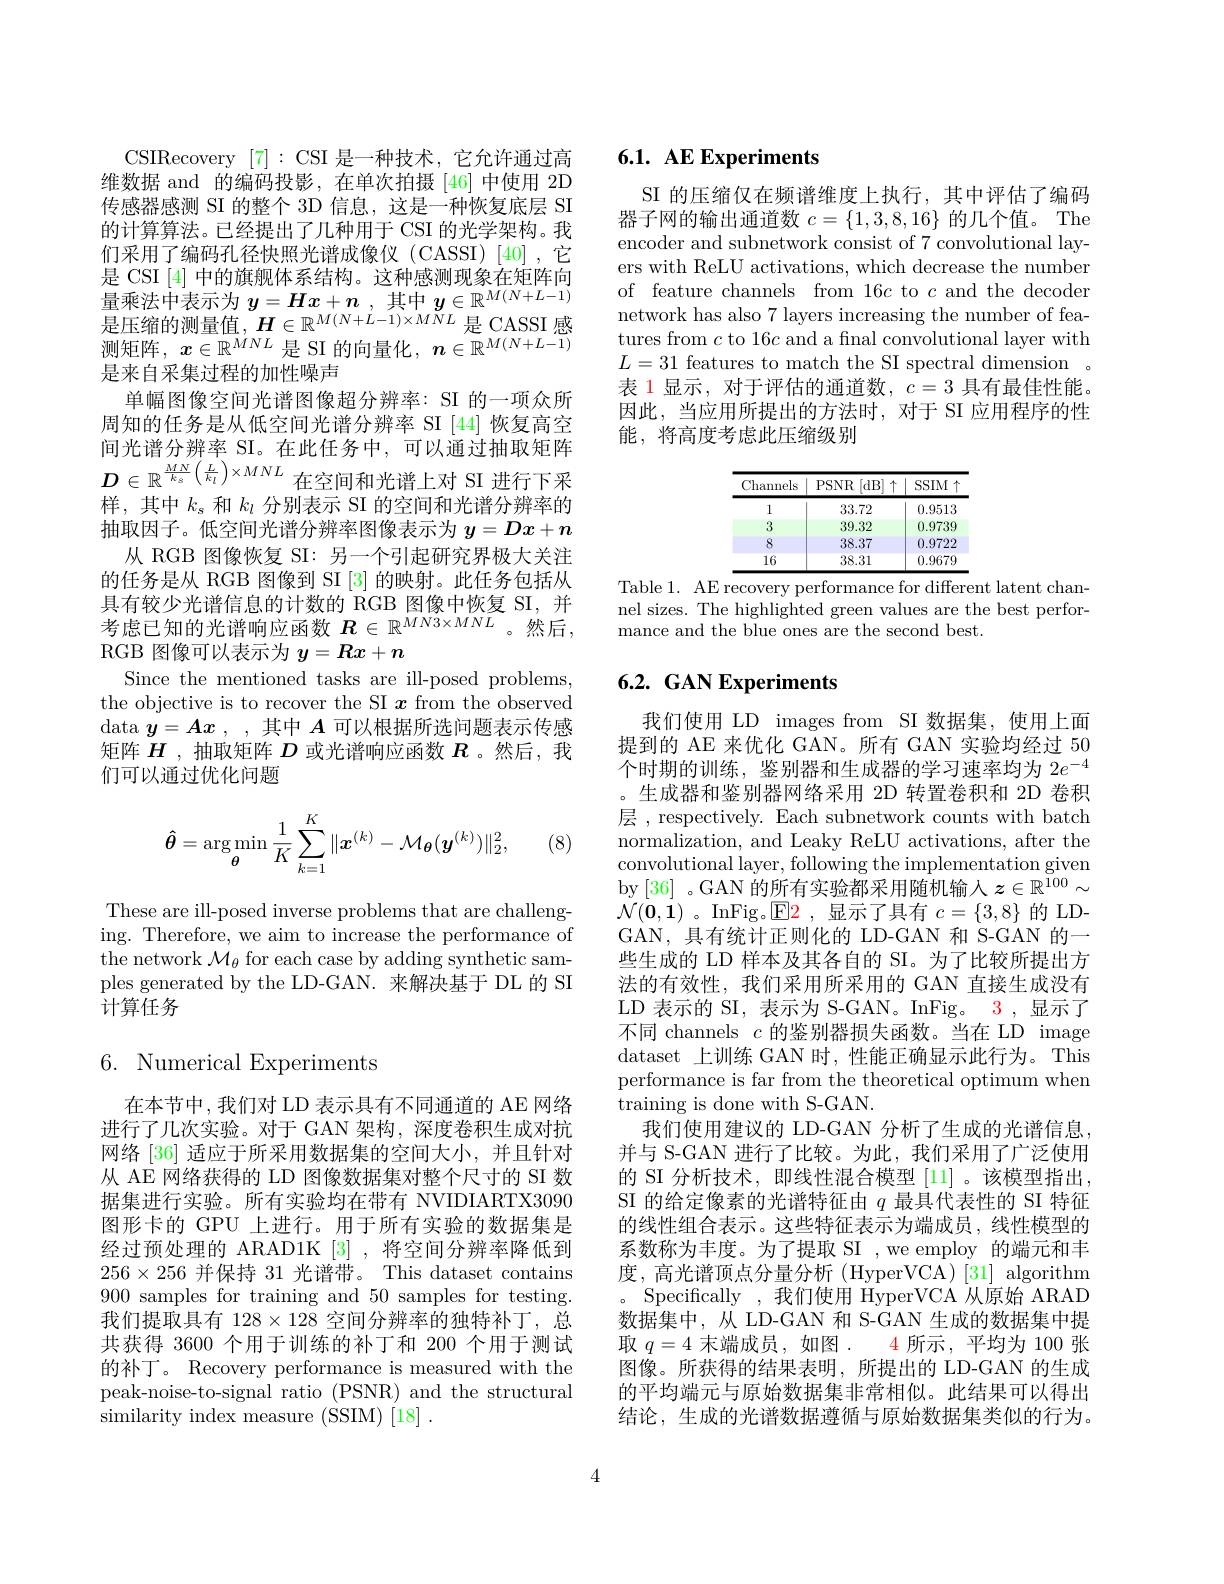
CSIRecovery [7]: CSI 是一种技术，它允许通过高维数据 and 的编码投影，在单次拍摄[46]中使用 2D 传感器感测 SI 的整个 3D 信息，这是一种恢复底层 SI 的计算算法。已经提出了几种用于 CSI 的光学架构。我们采用了编码孔径快照光谱成像仪(CASSI)[40],它是 CSI [4]中的旗舰体系结构。这种感测现象在矩阵向量 乘 法 中 表 示 为 $\boldsymbol{y}= \boldsymbol{H}\boldsymbol{x}+ \boldsymbol{n}$ , 其 中 $\boldsymbol{y}\in \mathbb{R} ^{M( N+ L- 1) }$ 是 压 缩 的 测 量 值 , $\boldsymbol{H}\in \mathbb{R} ^{M( N+ L- 1) \times MNL}$ 是 CASSI 感 测 矩 阵 , $x\in \mathbb{R} ^{MNL}$ 是 SI 的 向 量 化 $, \boldsymbol{n}\in \mathbb{R} ^{M( N+ L- 1) }$ 是来自采集过程的加性噪声
单幅图像空间光谱图像超分辨率：SI 的一项众所周知的任务是从低空间光谱分辨率 SI [44] 恢复高空间光谱分辨率 SI。在此任务中，可以通过抽取矩阵$D\in\mathbb{R}^{\frac{MN}{k_s}\left(\frac L{k_l}\right)\times MNL}$在空间和光谱上对 SI 进行下采样，其中$k_s$和$k_l$分别表示 SI 的空间和光谱分辨率的抽取因子。低空间光谱分辨率图像表示为$y=Dx+n$
从 RGB 图像恢复 SI: 另一个引起研究界极大关注的任务是从 RGB 图像到 SI [3] 的映射。此任务包括从具有较少光谱信息的计数的 RGB 图像中恢复 SI,并考虑已知的光谱响应函数 $\boldsymbol{R}\in\mathbb{R}^{MN3\times MNL}$。然后， RGB 图像可以表示为$y=Rx+n$
Since the mentioned tasks are ill-posed problems, the objective is to recover the SI $x$ from the observed data $y=Ax$, ,其中$A$可以根据所选问题表示传感矩阵$H$ ,抽取矩阵$D$或光谱响应函数$R$ 。然后，我们可以通过优化问题
$$\hat{\boldsymbol{\theta}}=\arg\min_{\boldsymbol{\theta}}\frac{1}{K}\sum_{k=1}^{K}\|\boldsymbol{x}^{(k)}-\mathcal{M}_{\boldsymbol{\theta}}(\boldsymbol{y}^{(k)})\|_{2}^{2},$$
(8)

These are ill-posed inverse problems that are challenging. Therefore, we aim to increase the performance of the network $\mathcal{M}_\theta$ for each case by adding synthetic samples generated by the LD-GAN. 来解决基于 DL 的 SI 计算任务

## 6. Numerical Experiments

在本节中，我们对 LD 表示具有不同通道的 AE 网络进行了几次实验。对于 GAN 架构，深度卷积生成对抗网络 [36] 适应于所采用数据集的空间大小，并且针对从 AE 网络获得的 LD 图像数据集对整个尺寸的 SI 数据集进行实验。所有实验均在带有 NVIDIARTX3090图形卡的 GPU 上进行。用于所有实验的数据集是经过预处理的 ARAD1K [3] ,将空间分辨率降低到$256\times256$并保持 31 光谱带。This dataset contains 900 samples for training and 50 samples for testing. 我们提取具有$128\times128$空间分辨率的独特补丁，总共获得 3600 个用于训练的补丁和 200 个用于测试的补丁。Recovery performance is measured with the peak-noise-to-signal ratio (PSNR) and the structural similarity index measure (SSIM) [18] .

# 6.1. AE Experiments

SI 的压缩仅在频谱维度上执行，其中评估了编码器子网的输出通道数$c=\{1,3,8,16\}$的几个值。The encoder and subnetwork consist of 7 convolutional layers with ReLU activations, which decrease the number of feature channels from 16c to $c$ and the decoder network has also 7 layers increasing the number of features from $c$ to 16$c$ and a final convolutional layer with $L=31$ features to match the SI spectral dimension 表 1 显示，对于评估的通道数，$c=3$具有最佳性能。因此，当应用所提出的方法时，对于 SI 应用程序的性能，将高度考虑此压缩级别

<table>
	<tbody>
		<tr>
			<th>Channels</th>
			<th>$PSNR$ [dB$]\uparrow$</th>
			<th>SSIM</th>
		</tr>
		<tr>
			<td>1</td>
			<td>33.72</td>
			<td>0.9513</td>
		</tr>
		<tr>
			<td>3</td>
			<td>39.32</td>
			<td>0.9739</td>
		</tr>
		<tr>
			<td>8</td>
			<td>38.37</td>
			<td>0.9722</td>
		</tr>
		<tr>
			<td>16</td>
			<td>38.31</td>
			<td>0.9679</td>
		</tr>
	</tbody>
</table>
Table 1. AE recovery performance for different latent chan-

nel sizes. The highlighted green values are the best perfor-
mance and the blue ones are the second best.

## 6.2. GAN Experiments

我们使用 LD images from SI 数据集，使用上面提到的 AE 来优化 GAN。所有 GAN 实验均经过 50个时期的训练，鉴别器和生成器的学习速率均为$2e^{-4}$ 生成器和鉴别器网络采用 2D 转置卷积和 2D 卷积
层 , respectively. Each subnetwork counts with batch normalization, and Leaky ReLU activations, after the convolutional layer, following the implementation given by [36] 。GAN 的所有实验都采用随机输入$z\in\mathbb{R}^100\sim$ $\mathcal{N}(\mathbf{0},\mathbf{1})$。InFig。$\mathsf{E}$2,显示了具有$c=\{3,8\}$的 LDGAN,具有统计正则化的 LD-GAN 和 S-GAN 的一些生成的 LD 样本及其各自的 SI。为了比较所提出方法的有效性，我们采用所采用的 GAN 直接生成没有LD 表示的 SI, 表示为 S-GAN。InFig。3,显示了不同 channels $c$的鉴别器损失函数。当在 LD image dataset 上训练 GAN 时，性能正确显示此行为。This performance is far from the theoretical optimum when training is done with S-GAN.
我们使用建议的 LD-GAN 分析了生成的光谱信息， 并与 S-GAN 进行了比较。为此，我们采用了广泛使用的 SI 分析技术，即线性混合模型 [11] 。该模型指出， SI 的给定像素的光谱特征由$q$最具代表性的 SI 特征的线性组合表示。这些特征表示为端成员，线性模型的系数称为丰度。为了提取 SI ,we employ 的端元和丰度，高光谱顶点分量分析(HyperVCA)[31] algorithm Specifically ,我们使用 HyperVCA 从原始 ARAD 数据集中，从 LD-GAN 和 S-GAN 生成的数据集中提取$q=4$末端成员 ,如图. 4 所示 ,平均为 100 张图像。所获得的结果表明，所提出的 LD-GAN 的生成的平均端元与原始数据集非常相似。此结果可以得出结论，生成的光谱数据遵循与原始数据集类似的行为。

4